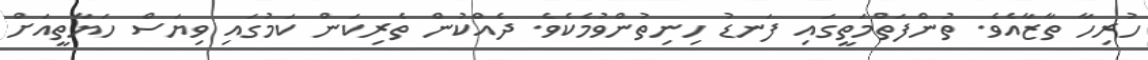
ހުރިހާ ތާޒާއެވެ. ތުންފަތްމަތީގައި ފަނޑު ހިނިތުންވުމެކެވެ. ދެއްކުން ތެރިކަން ކަމުގައި ވިޔަސް ހަޔާތީއަށް